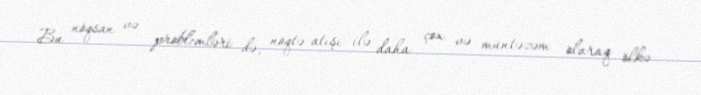
Bu nöqsan və problemləri də, nöqtə atışı ilə daha çox və müntəzəm olaraq ölkə